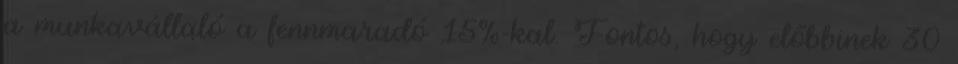
a munkavállaló a fennmaradó 15%-kal. Fontos, hogy előbbinek 30